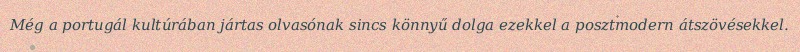
Még a portugál kultúrában jártas olvasónak sincs könnyű dolga ezekkel a posztmodern átszövésekkel.